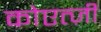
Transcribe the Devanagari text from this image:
कोएत्ज़ी